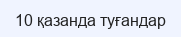
10 қазанда туғандар